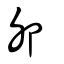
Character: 夘